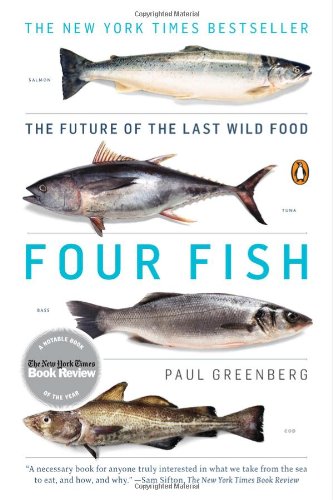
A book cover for Four Fish: The Future of the Last Wild Food; Paul Greenberg; Science & Math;